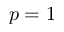
p = 1